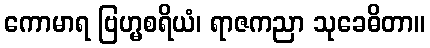
ကောမာရ ဗြဟ္မစရိယံ၊ ရာဇကညာ သုခေဓိတာ။